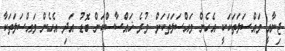
ޖިނާއީ މައްސަލަތަކަކީ އެހެން މައްސަލަތަކަށް ވުރެ ޚައްސާސްކަން ބޮޑު އަދި އެހެން މައްސަލަތަކާ